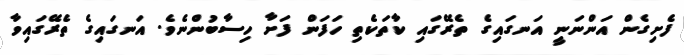
ފެށިގެން އަންނަނީ އަނގައިގެ ތެރޭގައި ކާތަކެތި ހަފަން ފަށާ ހިސާބުންނެވެ. އަނގައިގެ ތެރޭގައިވާ